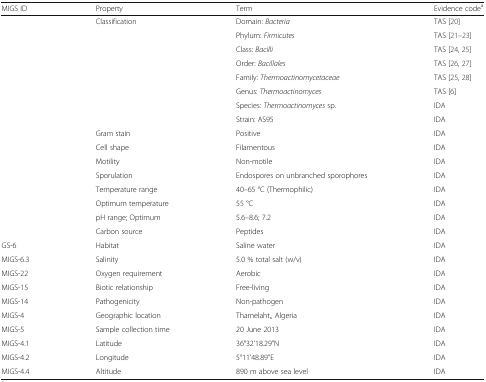
<table><thead><tr><td><b>MIGS ID</b></td><td><b>Property</b></td><td><b>Term</b></td><td><b>Evidence code<sup>a</sup></b></td></tr></thead><tbody><tr><td></td><td>Classification</td><td>Domain: <i>Bacteria</i></td><td>TAS [20]</td></tr><tr><td></td><td></td><td>Phylum: <i>Firmicutes</i></td><td>TAS [21–23]</td></tr><tr><td></td><td></td><td>Class: <i>Bacilli</i></td><td>TAS [24, 25]</td></tr><tr><td></td><td></td><td>Order: <i>Bacillales</i></td><td>TAS [26, 27]</td></tr><tr><td></td><td></td><td>Family: <i>Thermoactinomycetaceae</i></td><td>TAS [25, 28]</td></tr><tr><td></td><td></td><td>Genus: <i>Thermoactinomyces</i></td><td>TAS [6]</td></tr><tr><td></td><td></td><td>Species: <i>Thermoactinomyces</i> sp.</td><td>IDA</td></tr><tr><td></td><td></td><td>Strain: AS95</td><td>IDA</td></tr><tr><td></td><td>Gram stain</td><td>Positive</td><td>IDA</td></tr><tr><td></td><td>Cell shape</td><td>Filamentous</td><td>IDA</td></tr><tr><td></td><td>Motility</td><td>Non-motile</td><td>IDA</td></tr><tr><td></td><td>Sporulation</td><td>Endospores on unbranched sporophores</td><td>IDA</td></tr><tr><td></td><td>Temperature range</td><td>40–65 °C (Thermophilic)</td><td>IDA</td></tr><tr><td></td><td>Optimum temperature</td><td>55 °C</td><td>IDA</td></tr><tr><td></td><td>pH range; Optimum</td><td>5.6–8.6; 7.2</td><td>IDA</td></tr><tr><td></td><td>Carbon source</td><td>Peptides</td><td>IDA</td></tr><tr><td>GS-6</td><td>Habitat</td><td>Saline water</td><td>IDA</td></tr><tr><td>MIGS-6.3</td><td>Salinity</td><td>5.0 % total salt (w/v)</td><td>IDA</td></tr><tr><td>MIGS-22</td><td>Oxygen requirement</td><td>Aerobic</td><td>IDA</td></tr><tr><td>MIGS-15</td><td>Biotic relationship</td><td>Free-living</td><td>IDA</td></tr><tr><td>MIGS-14</td><td>Pathogenicity</td><td>Non-pathogen</td><td>IDA</td></tr><tr><td>MIGS-4</td><td>Geographic location</td><td>Thamelaht,, Algeria</td><td>IDA</td></tr><tr><td>MIGS-5</td><td>Sample collection time</td><td>20 June 2013</td><td>IDA</td></tr><tr><td>MIGS-4.1</td><td>Latitude</td><td>36°32&#x27;18.29&quot;N</td><td>IDA</td></tr><tr><td>MIGS-4.2</td><td>Longitude</td><td>5°11&#x27;48.89&quot;E</td><td>IDA</td></tr><tr><td>MIGS-4.4</td><td>Altitude</td><td>890 m above sea level</td><td>IDA</td></tr></tbody></table>